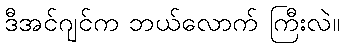
ဒီအင်ဂျင်က ဘယ်လောက် ကြီးလဲ။